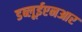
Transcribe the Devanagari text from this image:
डब्लूईएनआर